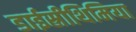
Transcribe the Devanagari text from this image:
डाईस्रीथिमिया